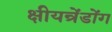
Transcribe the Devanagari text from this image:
क्षीयन्रेंडोंग